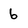
Character: 6